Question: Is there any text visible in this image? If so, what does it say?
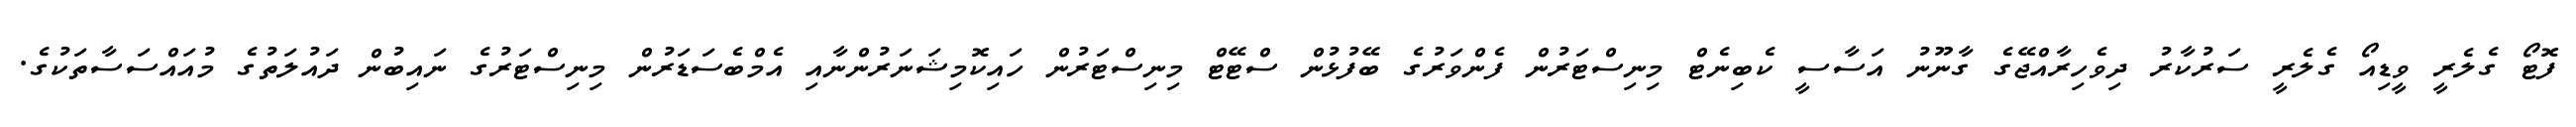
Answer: ފޮޓޯ ގެލެރީ ވީޑިއޯ ގެލެރީ ސަރުކާރު ދިވެހިރާއްޖޭގެ ގާނޫނު އަސާސީ ކެބިނެޓް މިނިސްޓަރުން ފެންވަރުގެ ބޭފުޅުން ސްޓޭޓް މިނިސްޓަރުން ހައިކޮމިޝަނަރުންނާއި އެމްބެސަޑަރުން މިނިސްޓަރުގެ ނައިބުން ދައުލަތުގެ މުއައްސަސާތަކުގެ.